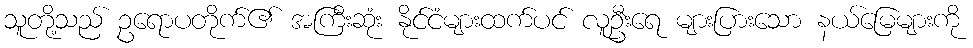
သူတို့သည် ဥရောပတိုက်၏ အကြီးဆုံး နိုင်ငံများထက်ပင် လူဦးရေ များပြားသော နယ်မြေများကို